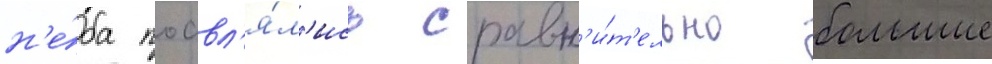
н'е́ба поавл'я́л'ись сравн'и́т'ельно большие